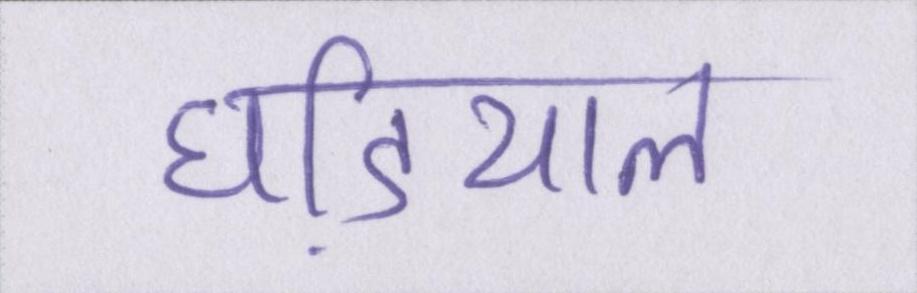
घडि़याल